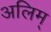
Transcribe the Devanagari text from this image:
अलिम्